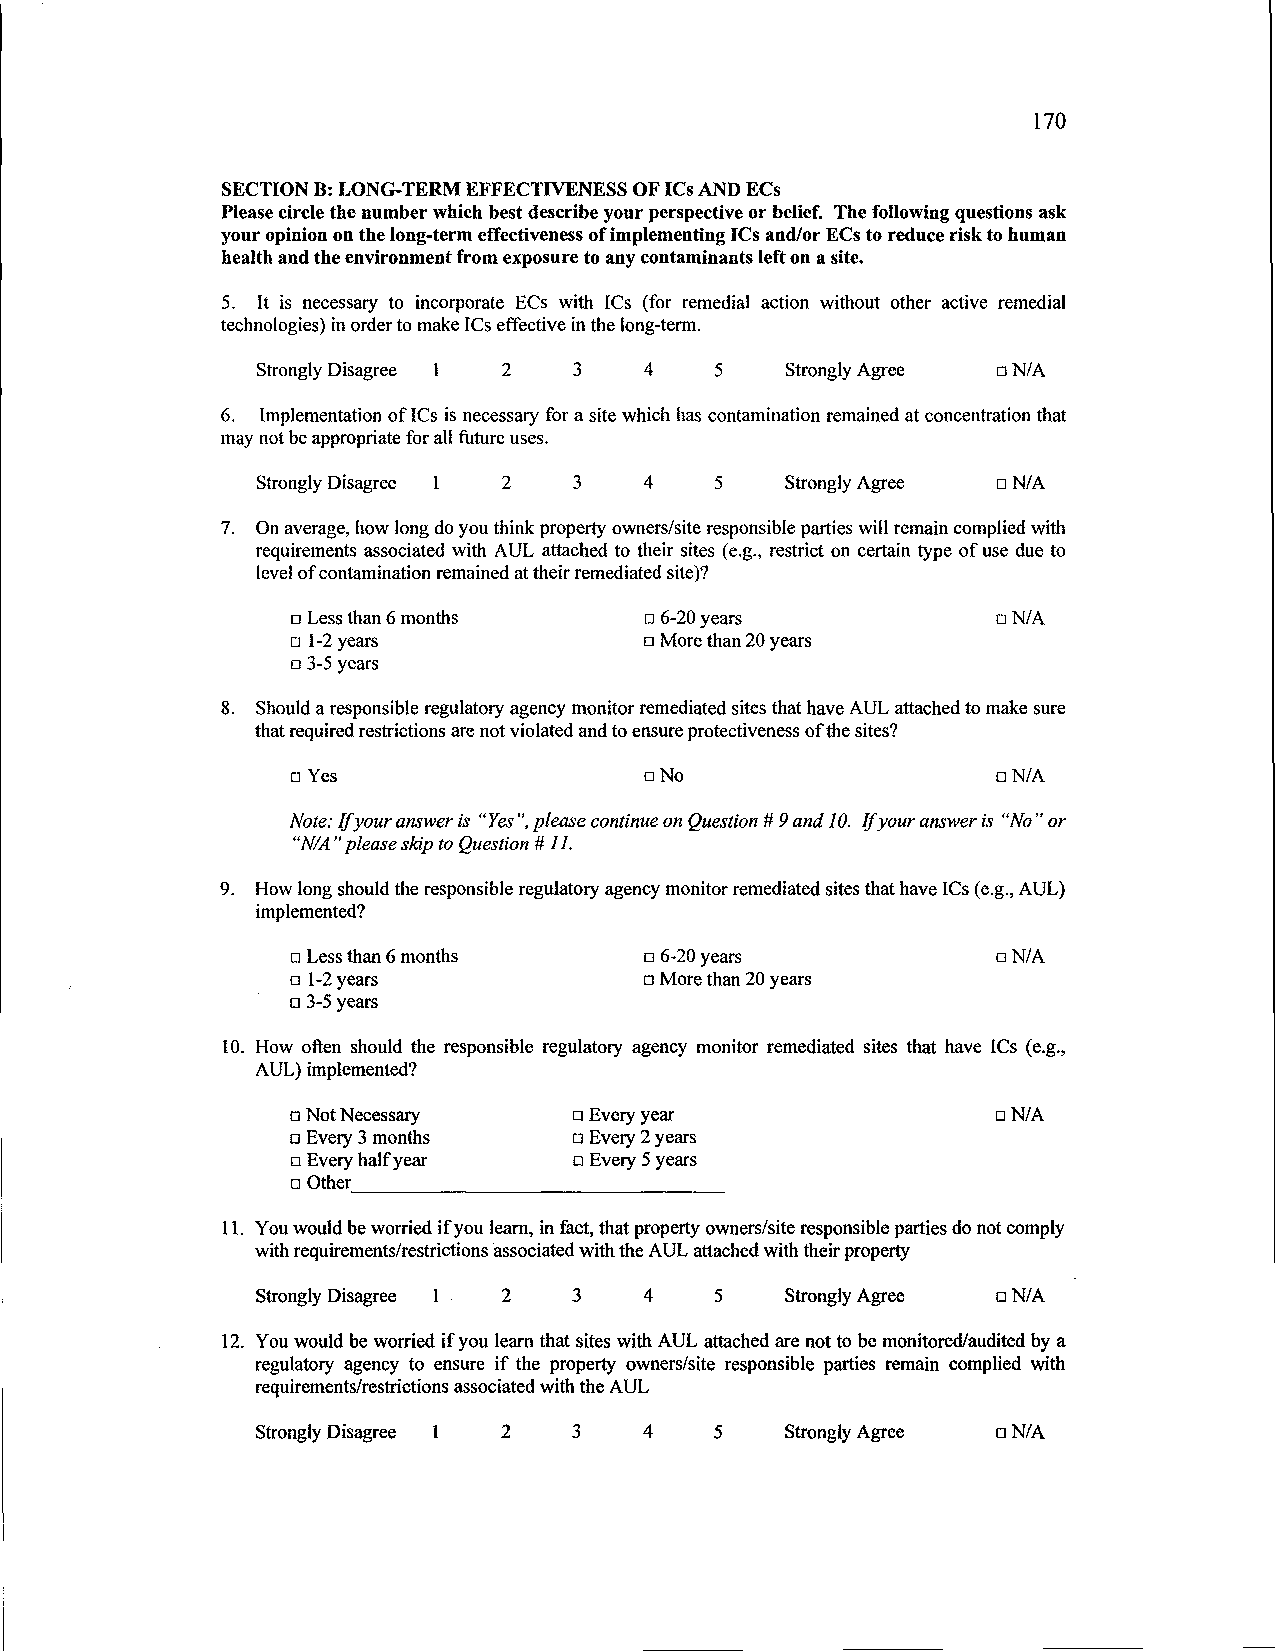
170
 SECTION B: LONG-TERM EFFECTIVENESS OF ICs AND ECs
 Please circle the number which best describe your perspective or belief. The following questions ask
 your opinion on the long-term effectiveness of implementing ICs and/or ECs to reduce risk to human
 health and the environment from exposure to any contaminants left on a site.
 5. It is necessary to incorporate ECs with ICs (for remedial action without other active remedial
 technologies) in order to make ICs effective in the long-term.
 Strongly Disagree 1 2 3   4   5    Strongly Agree q N/A
 6. Implementation of ICs is necessary for a site which has contamination remained at concentration that
 may not be appropriate for all future uses.
 Strongly Disagree 1 2 3   4   5    Strongly Agree q N/A
 7. On average, how long do you think property owners/site responsible parties will remain complied with
 requirements associated with AUL attached to their sites (e.g., restrict on certain type of use due to
 level of contamination remained at their remediated site)?
 q Less than 6 months    q 6-20 years           q N/A
 q 1-2 years             q More than 20 years
 q 3-5 years
 8. Should a responsible regulatory agency monitor remediated sites that have AUL attached to make sure
 that required restrictions are not violated and to ensure protectiveness of the sites?
 q Yes                   q No                   q N/A
 Note: If your answer is "Yes", please continue on Question # 9 and 10. If your answer is "No" or
 "N/A" please skip to Question # 11.
 9. How long should the responsible regulatory agency monitor remediated sites that have ICs (e.g., AUL)
 implemented?
 q Less than 6 months    q 6-20 years           q N/A
 q 1-2 years             q More than 20 years
 q 3-5 years
 10. How often should the responsible regulatory agency monitor remediated sites that have ICs (e.g.,
 AUL) implemented?
 q Not Necessary    q Every year                q N/A
 q Every 3 months   q Every 2 years
 q Every half year  q Every 5 years
 q Other
 11. You would be worried if you learn, in fact, that property owners/site responsible parties do not comply
 with requirements/restrictions associated with the AUL attached with their property
 Strongly Disagree 1 2 3   4   5    Strongly Agree q N/A
 12. You would be worried if you learn that sites with AUL attached are not to be monitored/audited by a
 regulatory agency to ensure if the property owners/site responsible parties remain complied with
 requirements/restrictions associated with the AUL
 Strongly Disagree 1 2 3   4   5    Strongly Agree q N/A